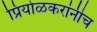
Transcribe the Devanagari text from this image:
प्रियोळकरांनीच